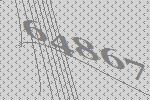
64867